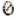
0